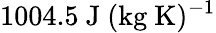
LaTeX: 1004.5~\mathrm{J~(kg~K)^{-1}}